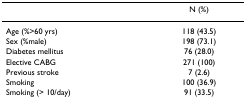
|  | N (%) |
 | --- | --- |
 | Age (%>60 yrs) | 118 (43.5) |
 | Sex (%male) | 198 (73.1) |
 | Diabetes mellitus | 76 (28.0) |
 | Elective CABG | 271 (100) |
 | Previous stroke | 7 (2.6) |
 | Smoking | 100 (36.9) |
 | Smoking (> 10/day) | 91 (33.5) |